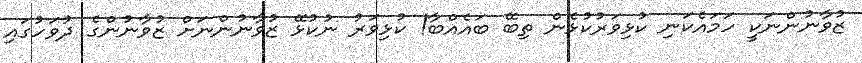
ޒުވާނުންނަކީ ހަމައެކަނި ކުޅިވަރުކުޅެން ތިބޭ ބައެއްބާ! ކުޅިވަރު ނުކުޅޭ ޒުވާނުންނަށް ޒުވާނުންގެ ދުވަހުގައި